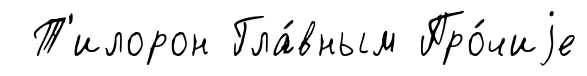
Т'илорон Гла́вным Про́чиjе